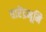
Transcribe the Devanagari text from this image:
वारेंद्रभूमि